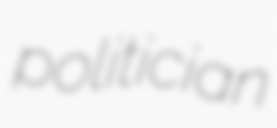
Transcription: politician